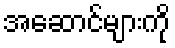
အဆောင်များကို